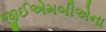
જીઈએમબીએના